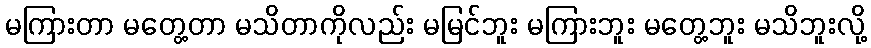
မကြားတာ မတွေ့တာ မသိတာကိုလည်း မမြင်ဘူး မကြားဘူး မတွေ့ဘူး မသိဘူးလို့